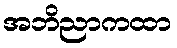
အဘိညာကထာ